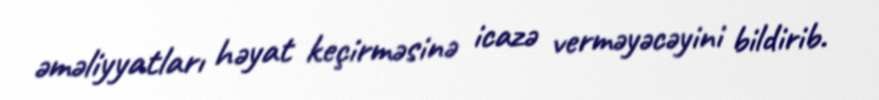
əməliyyatları həyat keçirməsinə icazə verməyəcəyini bildirib.